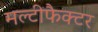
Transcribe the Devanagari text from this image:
मल्टीफैक्टर